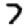
Digit: 7